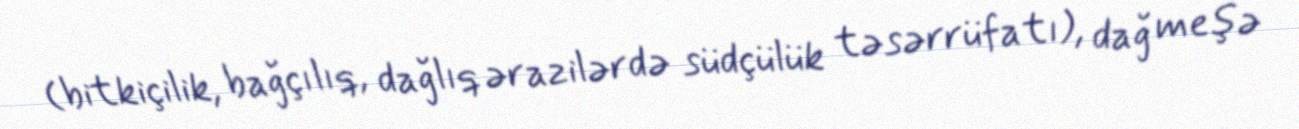
(bitkiçilik, bağçılıq, dağlıq ərazilərdə südçülük təsərrüfatı), dağ meşə